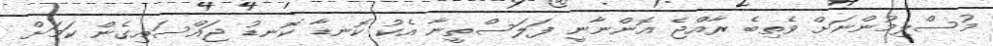
މުސްލިމުންނަށް ވެތިބެ ރާއްޖެ އޮންނާނީ ފަލަސްތީނާ އެކު ކޮނޑާ ކޮނޑު ޖައްސައިގެން ކަމަށް